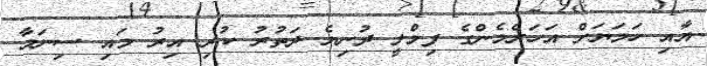
އާއި ހަމަޔަށް އަހަރެމެންގެ ފިމްލީ ދުނިޔެ ދަތުރު ކުރި އިރު މައި ސިނަމާ